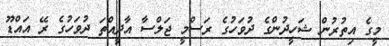
މީގެ އިތުރުން ޝަހީދުންގެ ދުވަހުގެ ރަސްމީ ޖަލްސާ އާދީއްތަ ދުވަހުގެ ރޭ އައްޑޫ